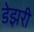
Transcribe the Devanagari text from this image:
डेझरी